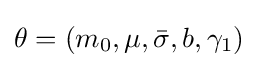
\theta =(m_{0},\mu ,{\bar {\sigma }},b,\gamma _{1})